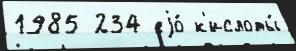
1985 234 еjо́ к'ислоты́